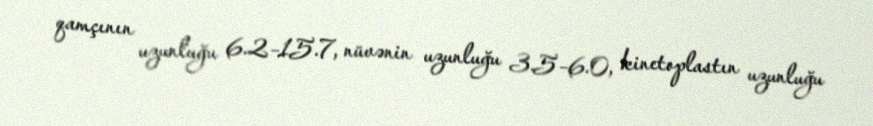
qamçının uzunluğu 6.2–15.7, nüvənin uzunluğu 3.5–6.0, kinetoplastın uzunluğu